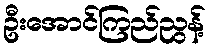
ဦးအောင်ကြည်ညွန့်